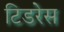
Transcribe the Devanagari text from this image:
टिडरेस